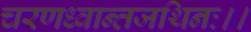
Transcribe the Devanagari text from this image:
चरणध्वान्तजथिनः।।